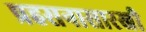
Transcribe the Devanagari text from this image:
प्रहसनासारखी